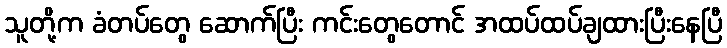
သူတို့က ခံတပ်တွေ ဆောက်ပြီး ကင်းတွေတောင် အထပ်ထပ်ချထားပြီးနေပြီ